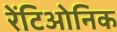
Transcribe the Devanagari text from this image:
रेंटिओनिक